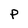
Character: P